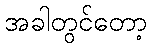
အခါတွင်တော့